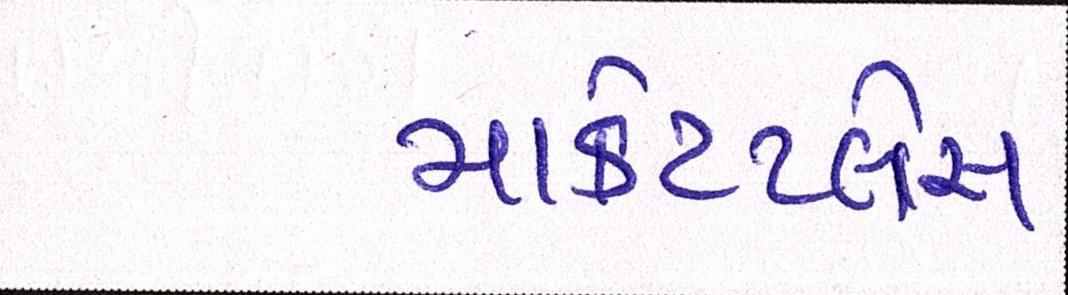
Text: માર્કેટપ્લેસ